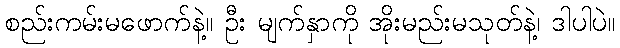
စည်းကမ်းမဖောက်နဲ့။ ဦး မျက်နှာကို အိုးမည်းမသုတ်နဲ့၊ ဒါပါပဲ။